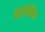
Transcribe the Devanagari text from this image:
शार्लमैन